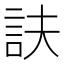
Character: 𧥱